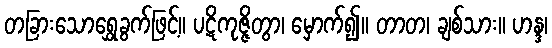
တခြားသောရွှေခွက်ဖြင့်။ ပဋိကုဇ္ဇိတွာ၊ မှောက်၍။ တာတ၊ ချစ်သား။ ဟန္ဒ၊